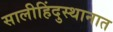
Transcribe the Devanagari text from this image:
सालीहिंदुस्थानात